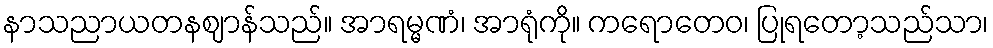
နာသညာယတနဈာန်သည်။ အာရမ္မဏံ၊ အာရုံကို။ ကရောတေဝ၊ ပြုရတော့သည်သာ၊